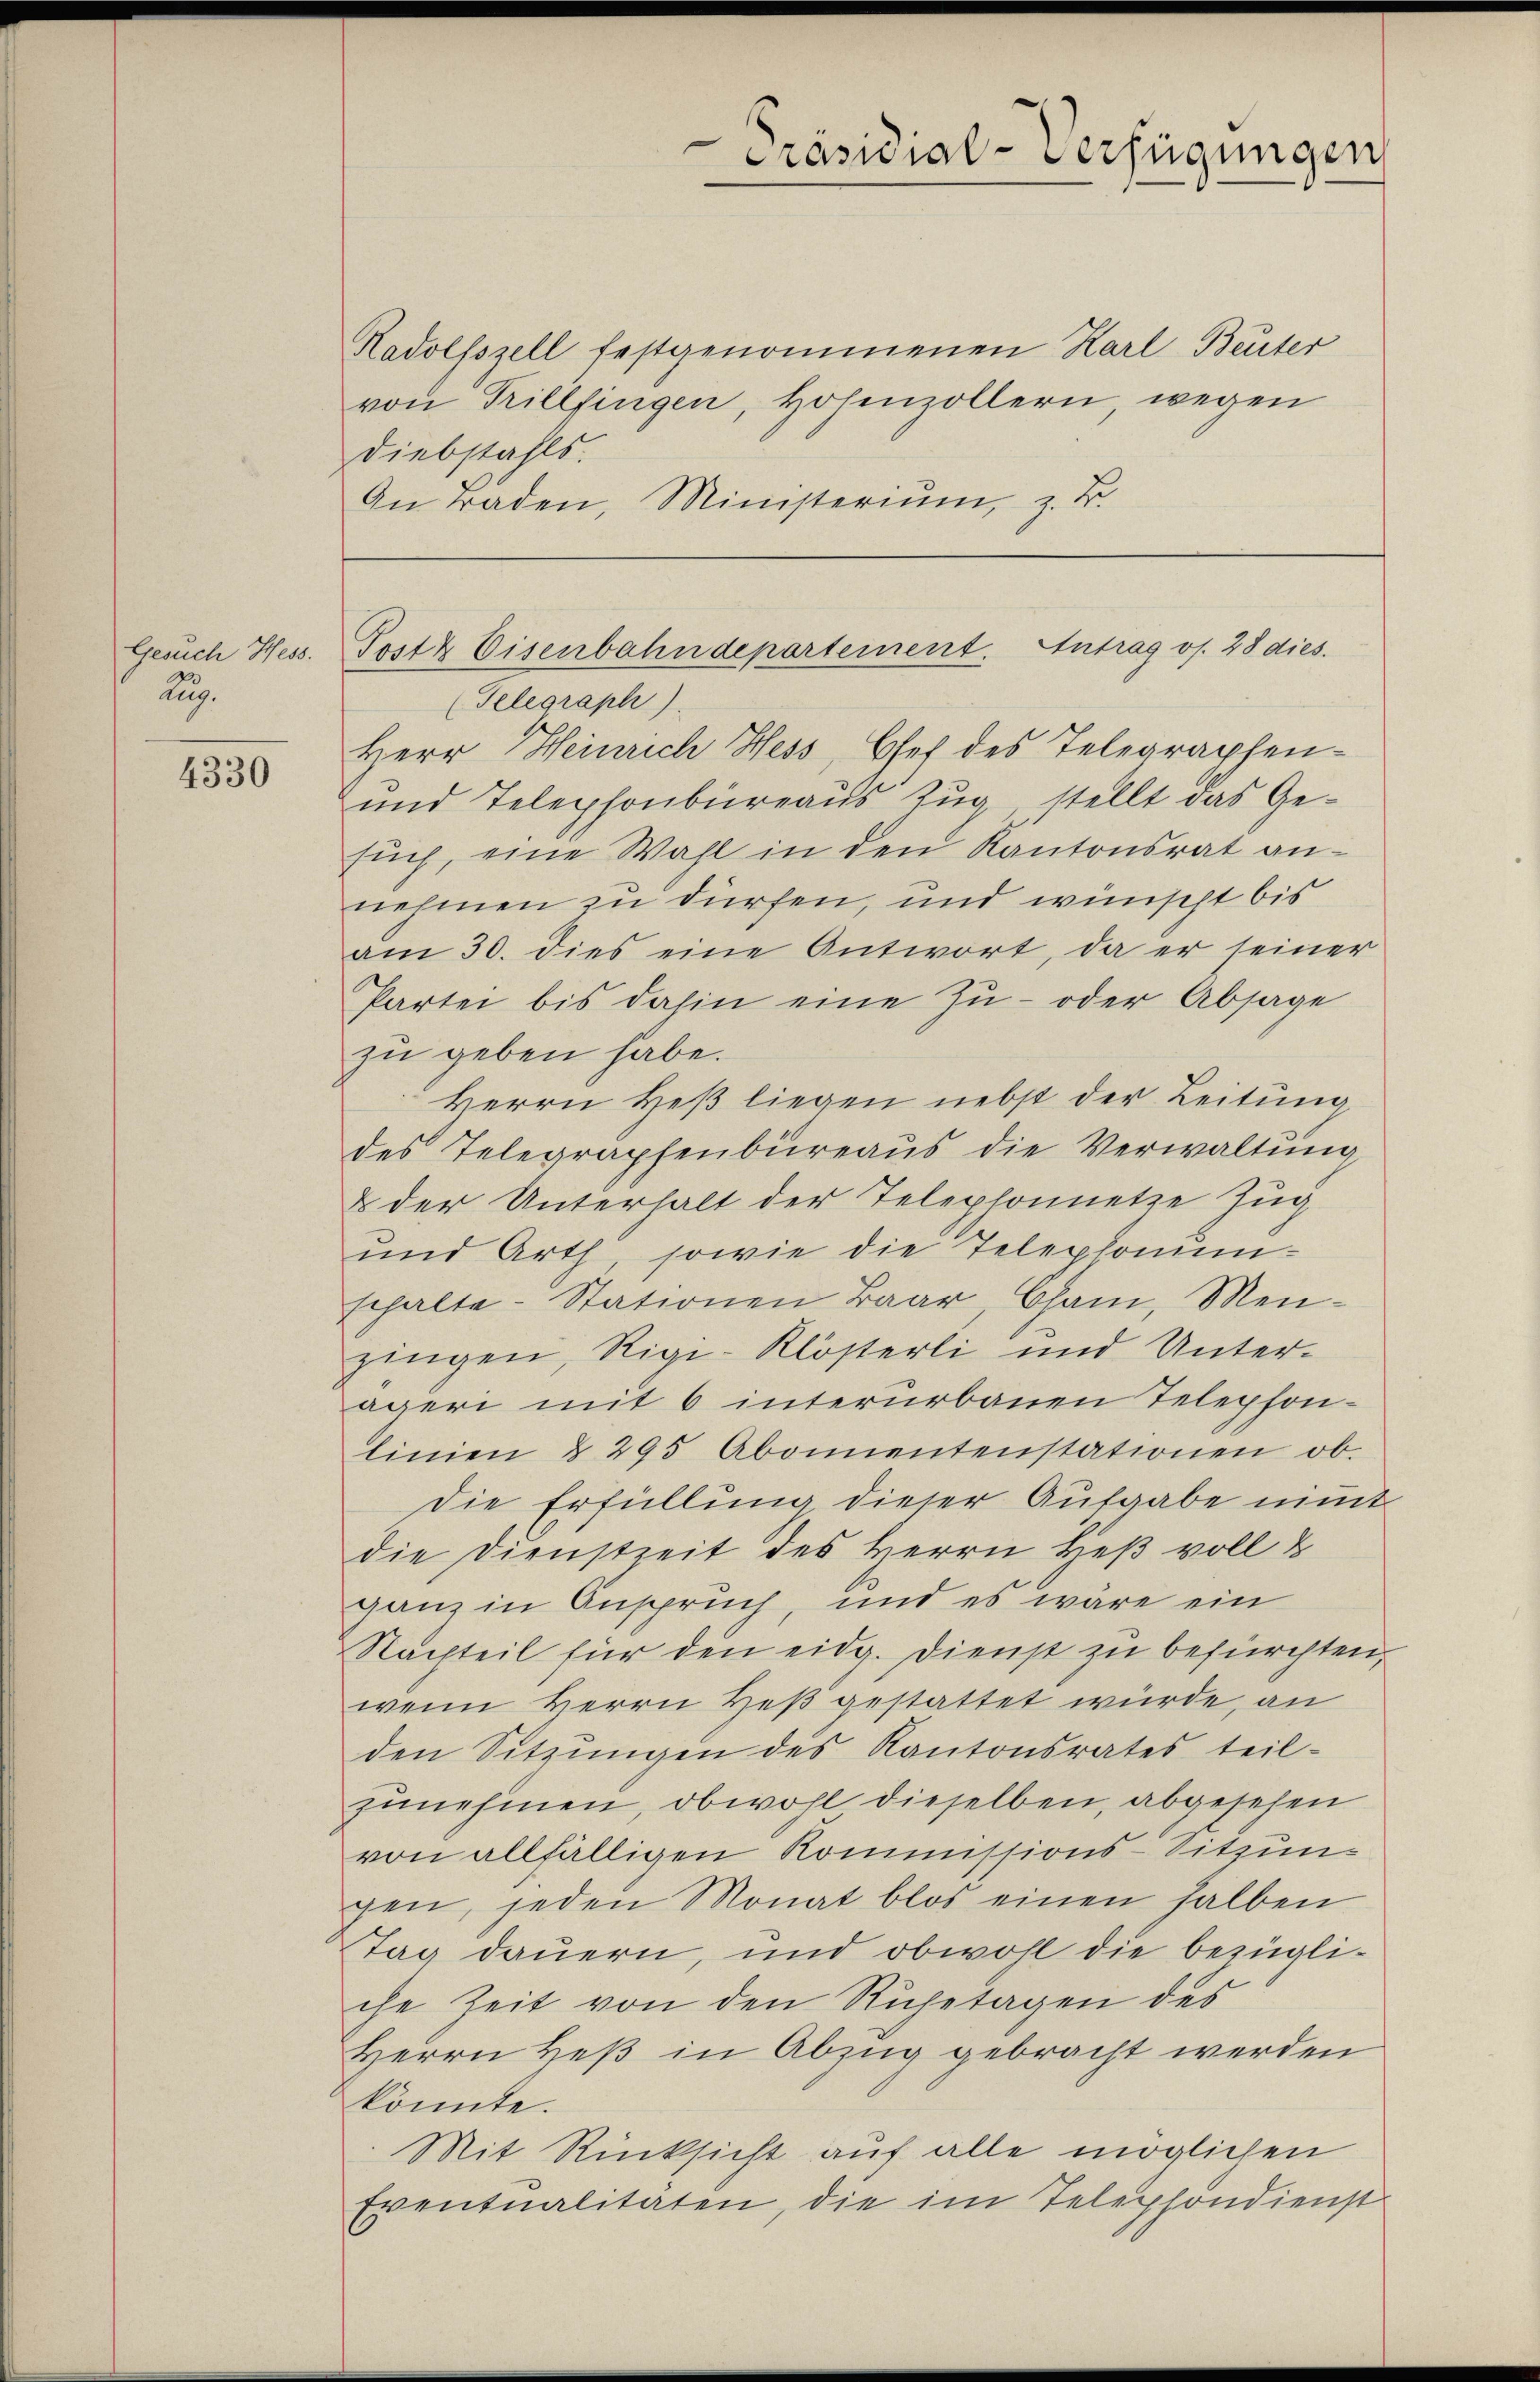
Gesuch Hess.
Aug.

4330

Präsidial-Verfügungen

Radolfszell festgenommenen Karl Beuter
von Tillfingen, Hohenzollern wegen
Diebstahls.
An raden, Ministerium, z. B.

Tostz Eisenbahndepartement. Antrag os. 28 dies.
(Telegraph).
Herr Heinrich Hess, Osef des Telegraphen-

und Telephonbüreaus Zug stellt das Gesŭch, eine Wahl in den Kantonsrat an-
nehmen zu dürfen, und wünscht bis
am 30. dies eine Antwort, da er seiner
Partei bis dahin eine Zu- oder Absage
zu geben habe.
Herrn Heβ liegen nebst der Leitŭng
des Telegraphenbüreaus die Verwaltung
& der Unterhalt der Telephonnetze Zug
und Arth, sowie die Telephonumschalte Stationen Baar, Cham, Men-
zingen, Rigi-Klösterli und Unterägeri mit 6 intererbauen Telephon-
linien § 295 Abonnentenstationen ob.
Die Erfüllung dieser Aufgabe nimt
die Dienstzeit des Herrn Heß voll &
ganz in Anspruch, und es wäre ein
Nachteil für den eidg. Dienst zu befürchten,
wenn Herrn Heß gestattet würde, an
den Sitzŭngen des Kantonsrates teil-
zunehmen, obwohl dieselben, abgesehen
von allfälligen Kommissions-Sitzungen, jeden Monat blos einen halben
Tag dauern, und obwohl die bezügliche Zeit von den Ruhetagen des
Herrn Heβ in Abzug gebracht werden
könnte.
Mit Rücksicht auf alle möglichen
Eventualitäten, die im Telephondienst